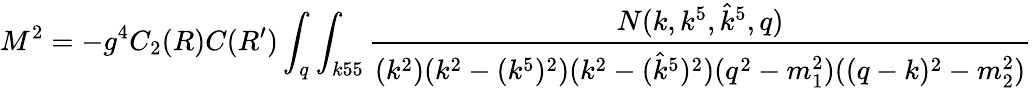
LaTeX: M^{2}=-g^{4}C_{2}(R)C(R^{\prime})\int_{q}\int_{k55}{\frac{N(k,k^{5},{\hat{k}}^{5},q)}{(k^{2})(k^{2}-(k^{5})^{2})(k^{2}-({\hat{k}}^{5})^{2})(q^{2}-m_{1}^{2})((q-k)^{2}-m_{2}^{2})}}